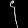
Digit: ၄